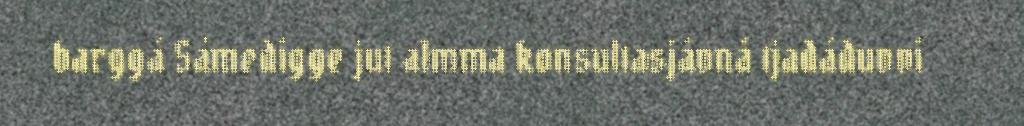
barggá Sámedigge jut almma konsultasjåvnå tjadáduvvi